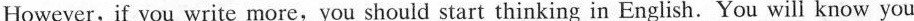
However， if you write more，you should start thinking in English. You will know you